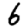
Digit: 6